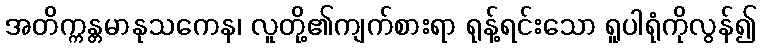
အတိက္ကန္တမာနုသကေန၊ လူတို့၏ကျက်စားရာ ရုန့်ရင်းသော ရူပါရုံကိုလွန်၍